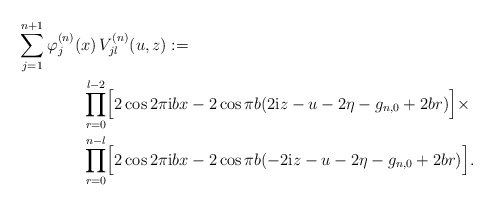
\begin{align*}&\sum_{j = 1}^{n+1} \varphi_j^{(n)}(x)\,V_{jl}^{(n)}(u,z) := \\ & \kern 4em\prod_{r = 0}^{l-2} \Bigl[ 2\cos 2 \pi \textup{i} b x - 2\cos \pi b ( 2\textup{i} z - u - 2\eta - g_{n,0} + 2 b r) \Bigr] \times \\& \kern 4em \prod_{r = 0}^{n-l} \Bigl[ 2\cos 2 \pi \textup{i} b x - 2\cos \pi b ( -2\textup{i} z - u - 2\eta - g_{n,0} + 2 b r) \Bigr]. \end{align*}